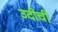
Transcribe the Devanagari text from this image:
उदीची